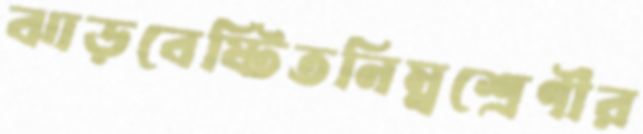
ঝাড়বেষ্টিতনিম্নশ্রেণীর